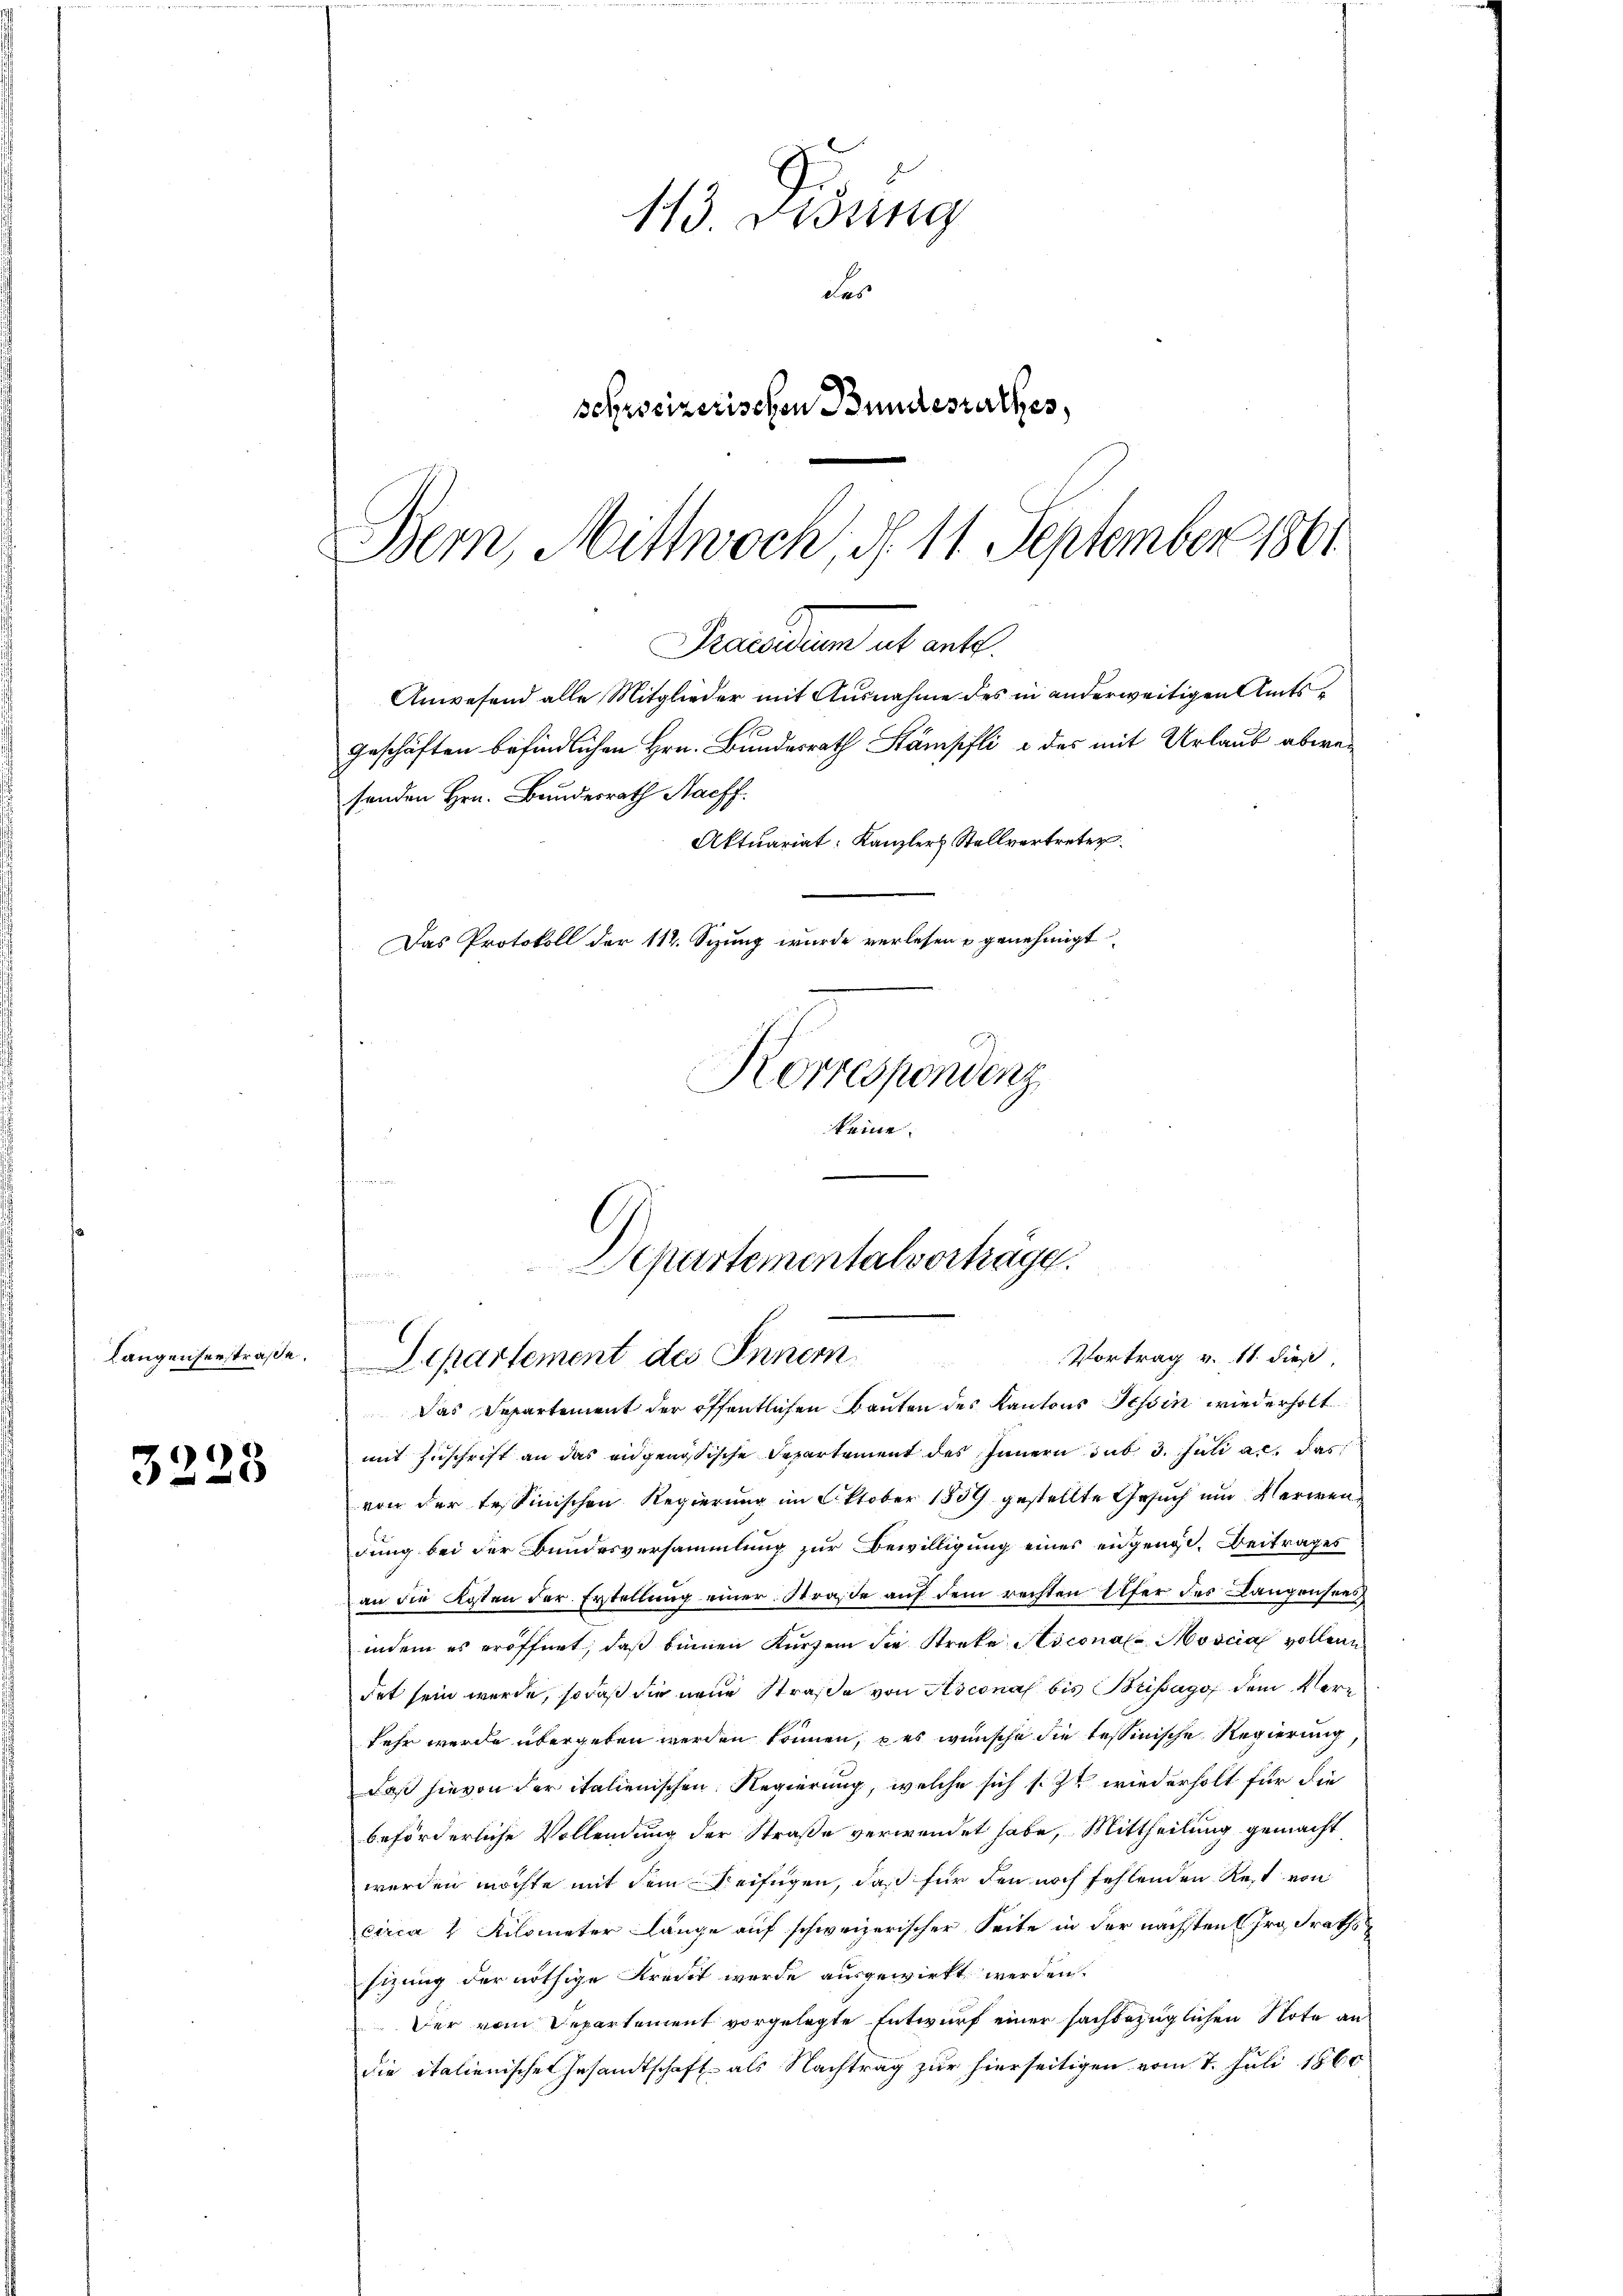
Längenserstraße.

3228

113. Dessing
des
sohrosizerischen Bundesrathes,
Bern, Mittwoch, d. 11. September 1861

Trasadum et entl.
Anwesend alle Mitglieder mit Ausnahme des in anderweitigen Amts¬

senden Hrn. Bundesrath Nachf

Geschäften befindlichen Hrn. Bundesrath Stämpfli & des mit Urlaub abere
Aktuariat: Kanzler Stellvertreten.
Das Protokoll der 112. Sizung wurde verlesen u genehmigt
Korrespondenz
keine

u
Departementalverhäge.
Vortrag v. 11. dieß,
Separtement des Inner
Das Departement der öffentlichen Bauten des Kantons Tessin wiederholt

mit Zuschrift an das angenössische Departement des Innern sub 3. Juli an, das
von der tessinischen Regierung im Oktober 1859 gestellte Gesuch um Verwendung bei der Bundesversammlung zur Bewilligung eines engenge. Beitrages
an die Kosten der Erstellung einer Straße auf dem rechten Ufer des Langensees
indem es eröffnet, daß beinen Kurzem die Streke Ascona Moscia vollen
det sein werde, so daß die neue Straße von Ascona bis Beisago dem Verkehr werde übergeben werden können, es wünsche die tessinische Regierung
Daß hievon der italienischen Regierung, welche sich s. Zt. wiederholt für die
beförderliche Vollendung der Straße verwendet habe, Mittheilung gemacht
werden möchte mit dem Beifügen, daß für den noch fehlenden Rest von
circa 2 Kilometer Länge auf schweizerischer Seite in der nächsten Grossraths
sizung der nöthige Kredit werde ausgewirkt werden.
Der vom Departement vorgelegte Entwurf einer sachbezüglichen Note an
die italienische Gesandtschaft als Nachtrag zur hierseitigen vom 7. Juli 1860